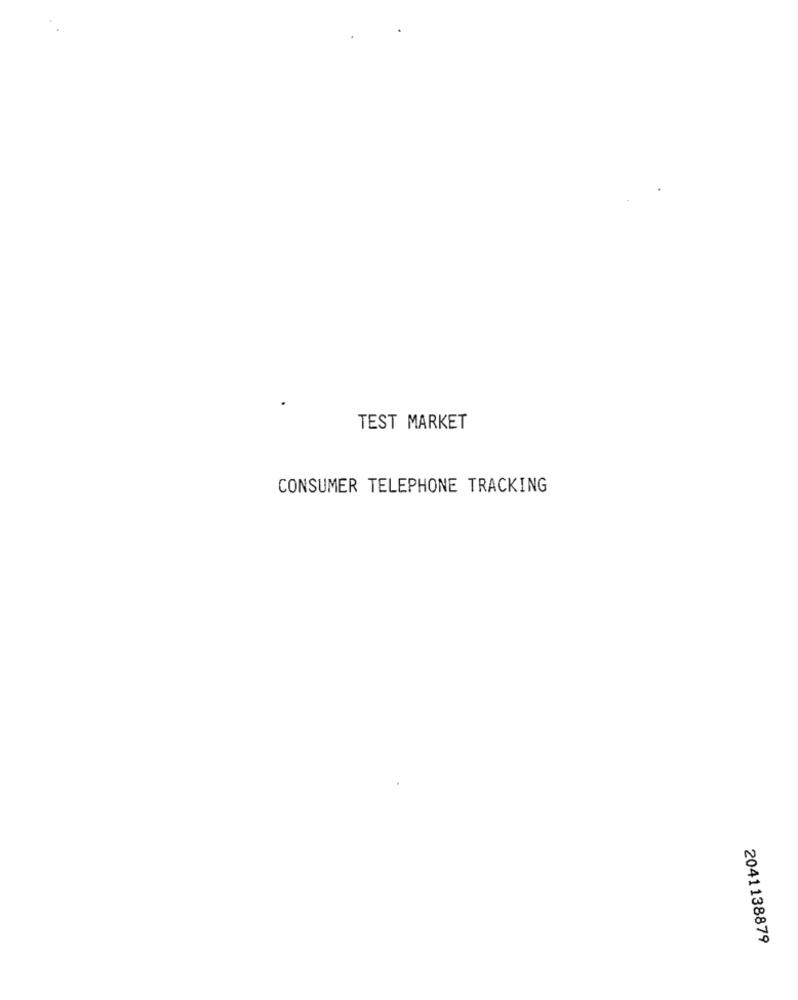
TEST MARKET
CONSUMER TELEPHONE TRACKING
2041138879